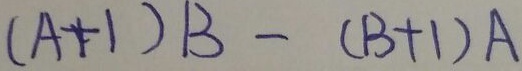
( A + 1 ) B - ( B + 1 ) A